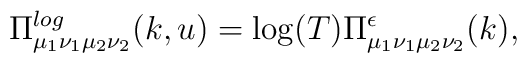
\Pi_{\mu_1\nu_1\mu_2\nu_2}^{log}(k,u) = \log(T) \Pi_{\mu_1\nu_1\mu_2\nu_2}^{\epsilon}(k),